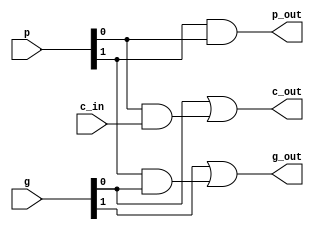
module gp(g,p,c_in,g_out,p_out,c_out);	//  carry generator, carry propagator
	input [1:0] g, p;	// lower level 2-set of g, p
	input c_in;		// lower level carry_in
	output g_out;		// higher level g
	output p_out;		// higher level p
	output c_out;		// higher level carry_out

	assign p_out = p[1] & p[0];
	assign g_out = g[1] | (p[1] & g[0]);
	assign c_out = g[0] | (p[0] & c_in);
endmodule